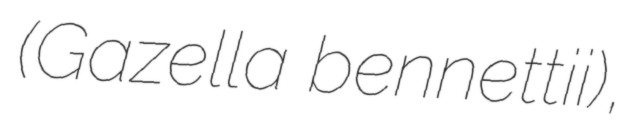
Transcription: (Gazella bennettii),